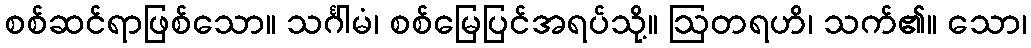
စစ်ဆင်ရာဖြစ်သော။ သင်္ဂါမံ၊ စစ်မြေပြင်အရပ်သို့။ ဩတရဟိ၊ သက်၏။ သော၊